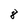
Character: 8